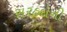
સરહદોની